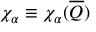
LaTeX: \chi _ { \alpha } \equiv \chi _ { \alpha } ( \overline { { { Q } } } )